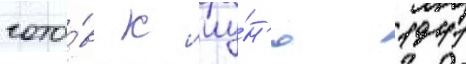
гото́в к иу́н'ю 1941